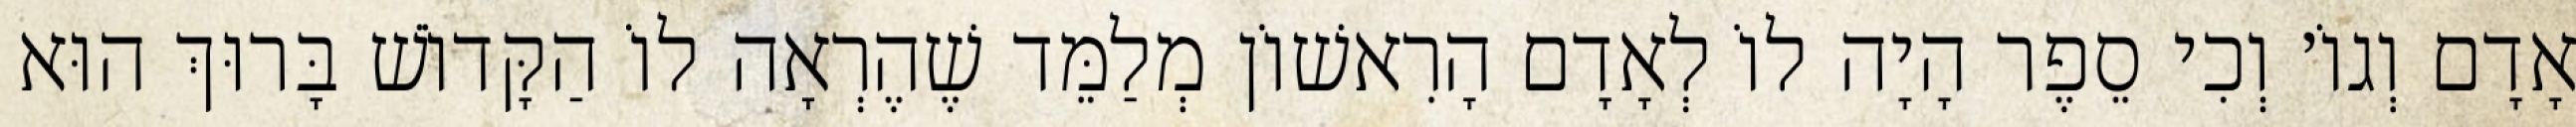
אָדָם וְגוֹ׳ וְכִי סֵפֶר הָיָה לוֹ לְאָדָם הָרִאשׁוֹן מְלַמֵּד שֶׁהֶרְאָה לוֹ הַקָּדוֹשׁ בָּרוּךְ הוּא